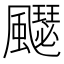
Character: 飋